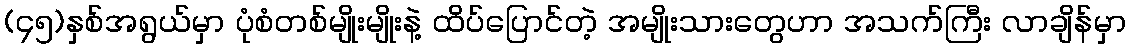
(၄၅)နှစ်အရွယ်မှာ ပုံစံတစ်မျိုးမျိုးနဲ့ ထိပ်ပြောင်တဲ့ အမျိုးသားတွေဟာ အသက်ကြီး လာချိန်မှာ